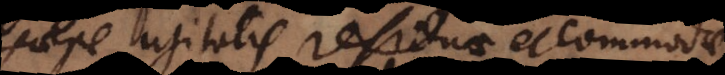
saepe usitatis residuae et commodae